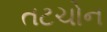
તટચોન